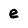
Character: e